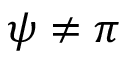
\psi \neq \pi